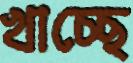
খাচ্ছে